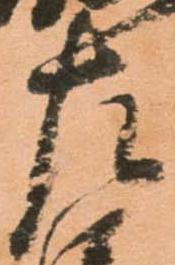
左